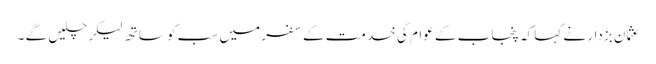
عثمان بزدار نے کہا کہ پنجاب کے عوام کی خدمت کے سفر میں سب کو ساتھ لیکر چلیں گے ۔